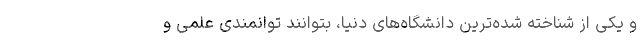
و یکی از شناخته شده‌ترین دانشگاه‌های دنیا، بتوانند توانمندی علمی و